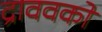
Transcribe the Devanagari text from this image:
द्राववकों